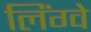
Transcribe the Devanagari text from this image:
लिंग्वे